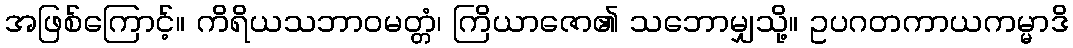
အဖြစ်ကြောင့်။ ကိရိယသဘာဝမတ္တံ၊ ကြိယာဇော၏ သဘောမျှသို့။ ဥပဂတကာယကမ္မာဒိ